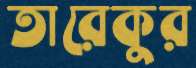
তারেকুর